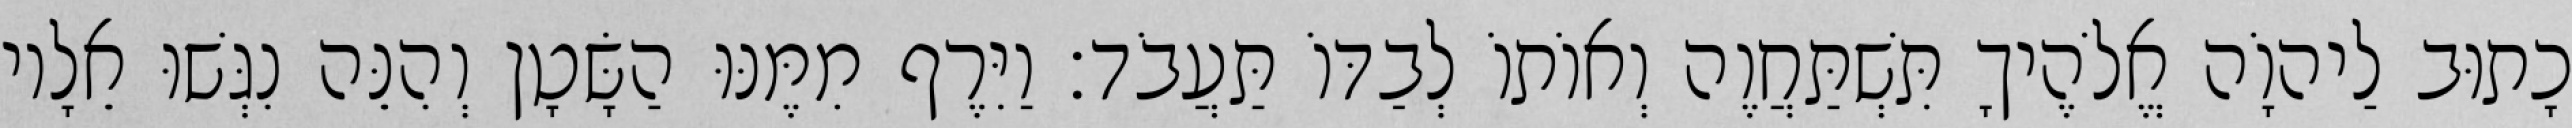
כָתוּב לַיהוָֹה אֱלֹהֶיךָ תִּשְׁתַּחֲוֶה וְאוֹתוֹ לְבַדּוֹ תַּעֲבֹד׃ וַיִּרֶף מִמֶּנּוּ הַשָּׂטָן וְהִנֵּה נִגְּשׁוּ אֵלָיו